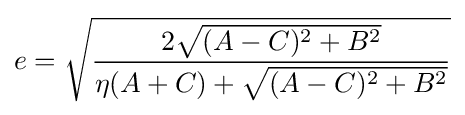
e={\sqrt {\frac {2{\sqrt {(A-C)^{2}+B^{2}}}}{\eta (A+C)+{\sqrt {(A-C)^{2}+B^{2}}}}}}